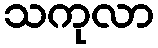
သကုလာ